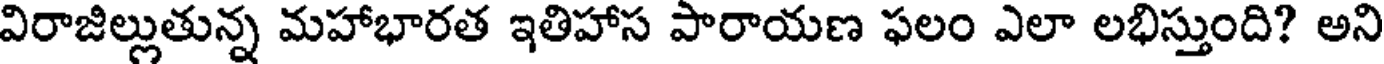
విరాజిల్లుతున్న మహాభారత ఇతిహాస పారాయణ ఫలం ఎలా లభిస్తుంది? అని